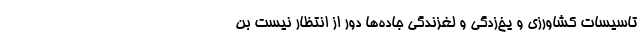
تاسیسات کشاورزی و یخ‌زدگی و لغزندگی جاده‌ها دور از انتظار نیست بن